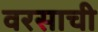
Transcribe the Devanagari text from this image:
वरसाची